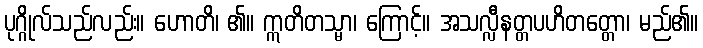
ပုဂ္ဂိုလ်သည်လည်း။ ဟောတိ၊ ၏။ ဣတိတသ္မာ၊ ကြောင့်။ အသလ္လီနတ္တပဟိတတ္တော၊ မည်၏။